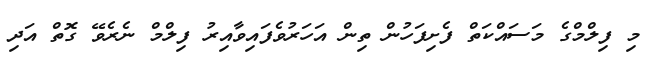
މި ފިލްމްގެ މަސައްކަތް ފެށިފަހުން ތިން އަހަރުވެފައިވާއިރު ފިލްމް ނެރެވޭ ގޮތް އަދި